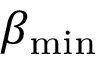
\beta _ { \mathrm { m i n } }